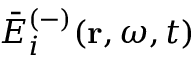
\bar { E } _ { i } ^ { ( - ) } ( \mathbf { r } , \omega , t )